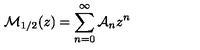
{ \cal M } _ { 1 / 2 } ( z ) = \sum _ { n = 0 } ^ { \infty } { \cal A } _ { n } z ^ { n }